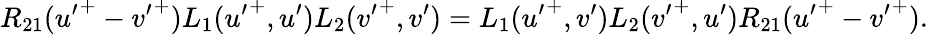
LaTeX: R_{21}({u^{\prime}}^{+}-{v^{\prime}}^{+})L_{1}({u^{\prime}}^{+},u^{\prime})L_{2}({v^{\prime}}^{+},v^{\prime})=L_{1}({u^{\prime}}^{+},v^{\prime})L_{2}({v^{\prime}}^{+},u^{\prime})R_{21}({u^{\prime}}^{+}-{v^{\prime}}^{+}).